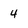
Character: 4